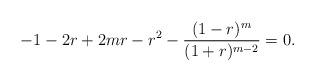
LaTeX: \begin{align*} -1 - 2 r + 2 m r - r^2 - \frac{(1-r)^{m}}{(1+r)^{m-2}} = 0.\end{align*}